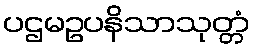
ပဌမဥပနိသာသုတ္တံ